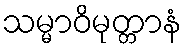
သမ္မာဝိမုတ္တာနံ